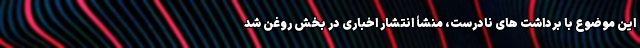
این موضوع با برداشت های نادرست، منشأ انتشار اخباری در بخش روغن شد